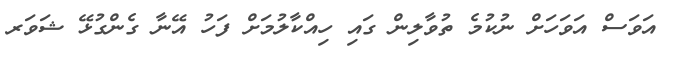
އަވަސް އަވަހަށް ނުކުމެ ތުވާލިން ގައި ހިއްކާލުމަށް ފަހު އޭނާ ގެންގުޅޭ ޝަވަރ